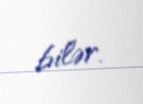
bilər.